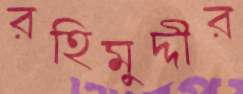
রহিমুদ্দীর